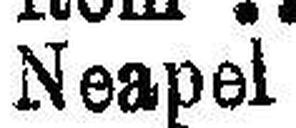
Neapel